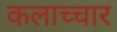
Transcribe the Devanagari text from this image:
कलाच्चार